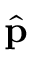
\hat { \mathbf { p } }